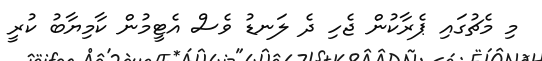
މި މެޗުގައި ޕެރާކުން ޖެހި ދެ ލަނޑު ވެސް އެޓީމުން ކާމިޔާބު ކުރީ